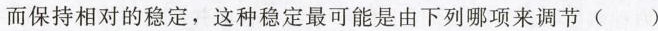
而保持相对的稳定，这种稳定最可能是由下列哪项来调节（）